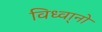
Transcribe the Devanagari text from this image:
विध्वा्नो